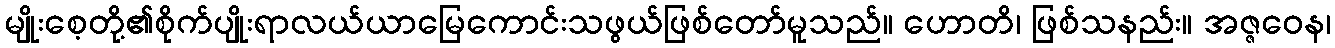
မျိုးစေ့တို့၏စိုက်ပျိုးရာလယ်ယာမြေကောင်းသဖွယ်ဖြစ်တော်မူသည်။ ဟောတိ၊ ဖြစ်သနည်း။ အဇ္ဇဝေန၊